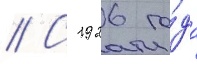
// С 1926 го́да